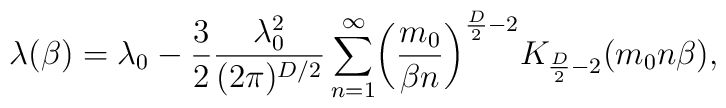
\lambda(\beta)=\lambda_{0}-\frac{3}{2}\frac{\lambda^{2}_{0}}{(2\pi)^{D/2}}\sum^{\infty}_{n=1}\biggl(\frac{m_{0}}{\beta n}\biggr)^{\frac{D}{2}-2}K_{\frac{D}{2}-2}(m_{0}n\beta),